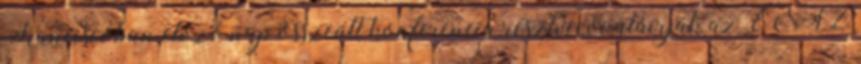
Franciscóban elõzõ nap összeült konferencia résztvevõi aláírják az ENSZ